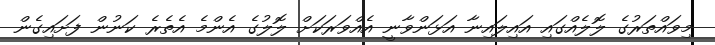
މިވައްތަރުގެ ލޮލެއްގައި އައިލައިނާ އަޅަންވާނީ އެއްވަރަކަށް ލޮލުގެ އެންމެ އެތެރެ ކަނުން ފަށައިގެން